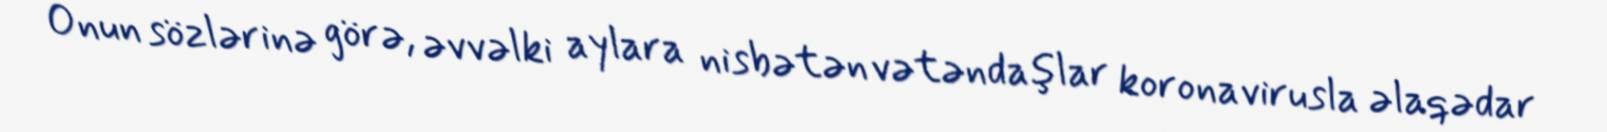
Onun sözlərinə görə, əvvəlki aylara nisbətən vətəndaşlar koronavirusla əlaqədar